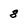
Character: 8